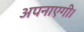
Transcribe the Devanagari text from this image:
अपनाएगी।